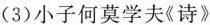
(3)小子何莫学夫《诗》